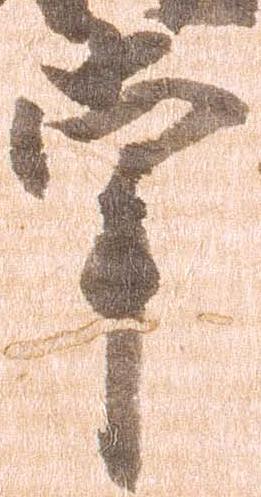
掌